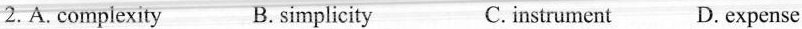
2.A. complexity B. simplicity C. instrument D. expense